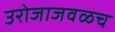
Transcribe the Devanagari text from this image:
उरोजाजवळच